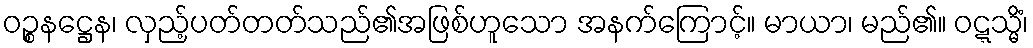
ဝဉ္စနဋ္ဌေန၊ လှည့်ပတ်တတ်သည်၏အဖြစ်ဟူသော အနက်ကြောင့်။ မာယာ၊ မည်၏။ ဝဋ္ဋသ္မိံ၊